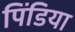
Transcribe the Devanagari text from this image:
पिंडिया